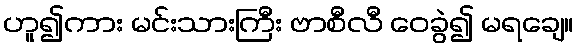
ဟူ၍ကား မင်းသားကြီး ဗာစီလီ ဝေခွဲ၍ မရချေ။